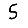
Digit: 5